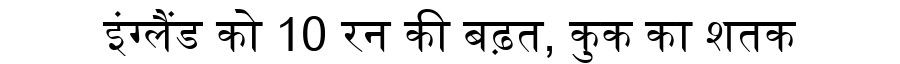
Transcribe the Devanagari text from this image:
इंग्लैंड को 10 रन की बढ़त, कुक का शतक